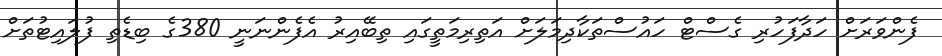
ފެންވަރަށް ހަދާފަހުރި ގެސްޓް ހައުސްތަކާދިމަލަށް އަތިރިމަތީގައި ތިބޭއިރު އެފެންނަނީ 380ގެ ބިޑެތި ފުލައިޓުތަށް